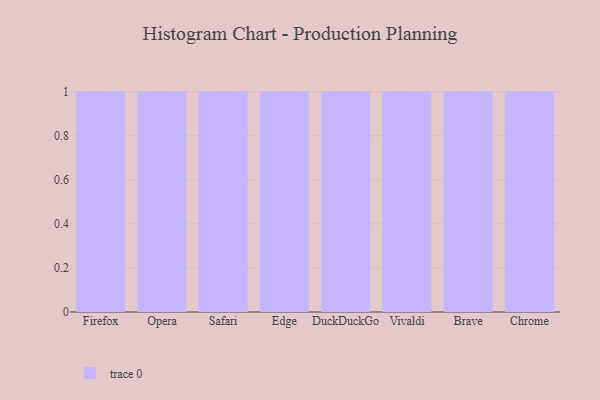
{"axis": {"x": "Browser", "y": "Operating Costs (USD K)"}, "legend": [""], "data": [{"x": "Firefox", "y": 60, "type": ""}, {"x": "Opera", "y": 96, "type": ""}, {"x": "Safari", "y": 63, "type": ""}, {"x": "Edge", "y": 73, "type": ""}, {"x": "DuckDuckGo", "y": 13, "type": ""}, {"x": "Vivaldi", "y": 34, "type": ""}, {"x": "Brave", "y": 26, "type": ""}, {"x": "Chrome", "y": 68, "type": ""}]}